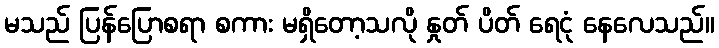
မသည် ပြန်ပြောစရာ စကား မရှိတော့သလို နှုတ် ပိတ် ရေငုံ နေလေသည်။